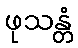
ဖုသန္တံ